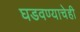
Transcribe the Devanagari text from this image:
घडवण्याचेही